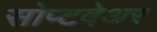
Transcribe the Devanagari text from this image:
सोप्टवेअर